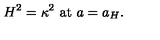
H ^ { 2 } = \kappa ^ { 2 } \ \mathrm { a t } \ a = a _ { H } .